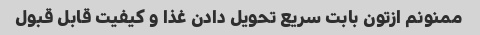
ممنونم ازتون بابت سریع تحویل دادن غذا و کیفیت قابل قبول